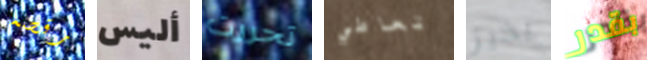
رقصه أليس تحررت تعاطي بخير بقدر